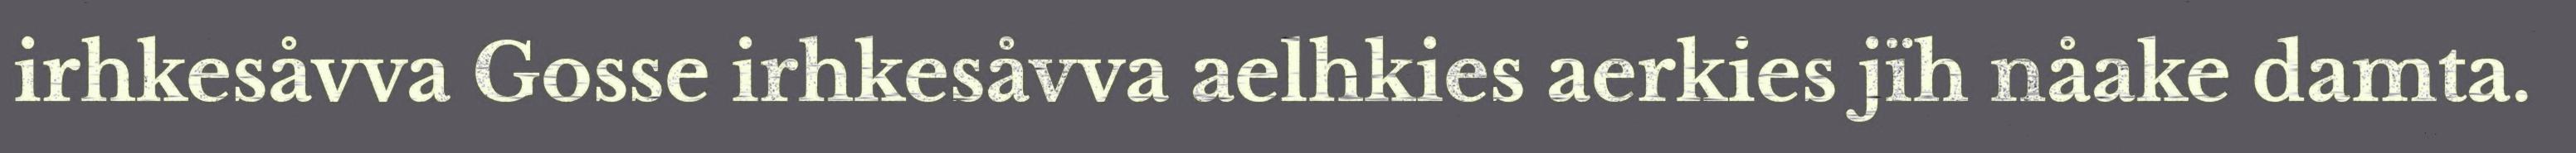
irhkesåvva Gosse irhkesåvva aelhkies aerkies jïh nåake damta.